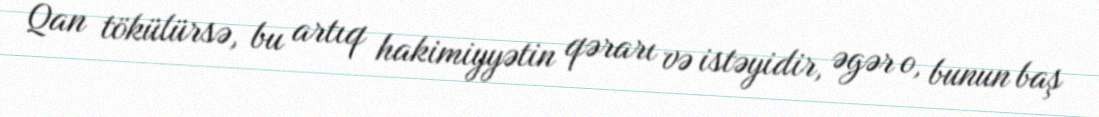
Qan tökülürsə, bu artıq hakimiyyətin qərarı və istəyidir, əgər o, bunun baş